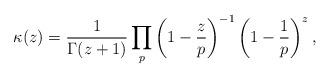
LaTeX: \begin{align*}\kappa(z) = \frac{1}{\Gamma(z+1)} \prod_p \left( 1-\frac{z}{p} \right)^{-1}\left(1-\frac{1}{p} \right)^z,\end{align*}